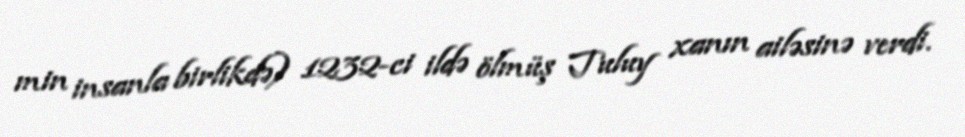
min insanla birlikdə) 1232-ci ildə ölmüş Tuluy xanın ailəsinə verdi.